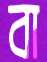
বা